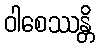
ဝါစေဿန္တိ